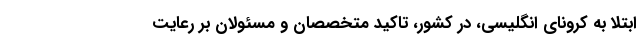
ابتلا به کرونای انگلیسی، در کشور، تاکید متخصصان و مسئولان بر رعایت